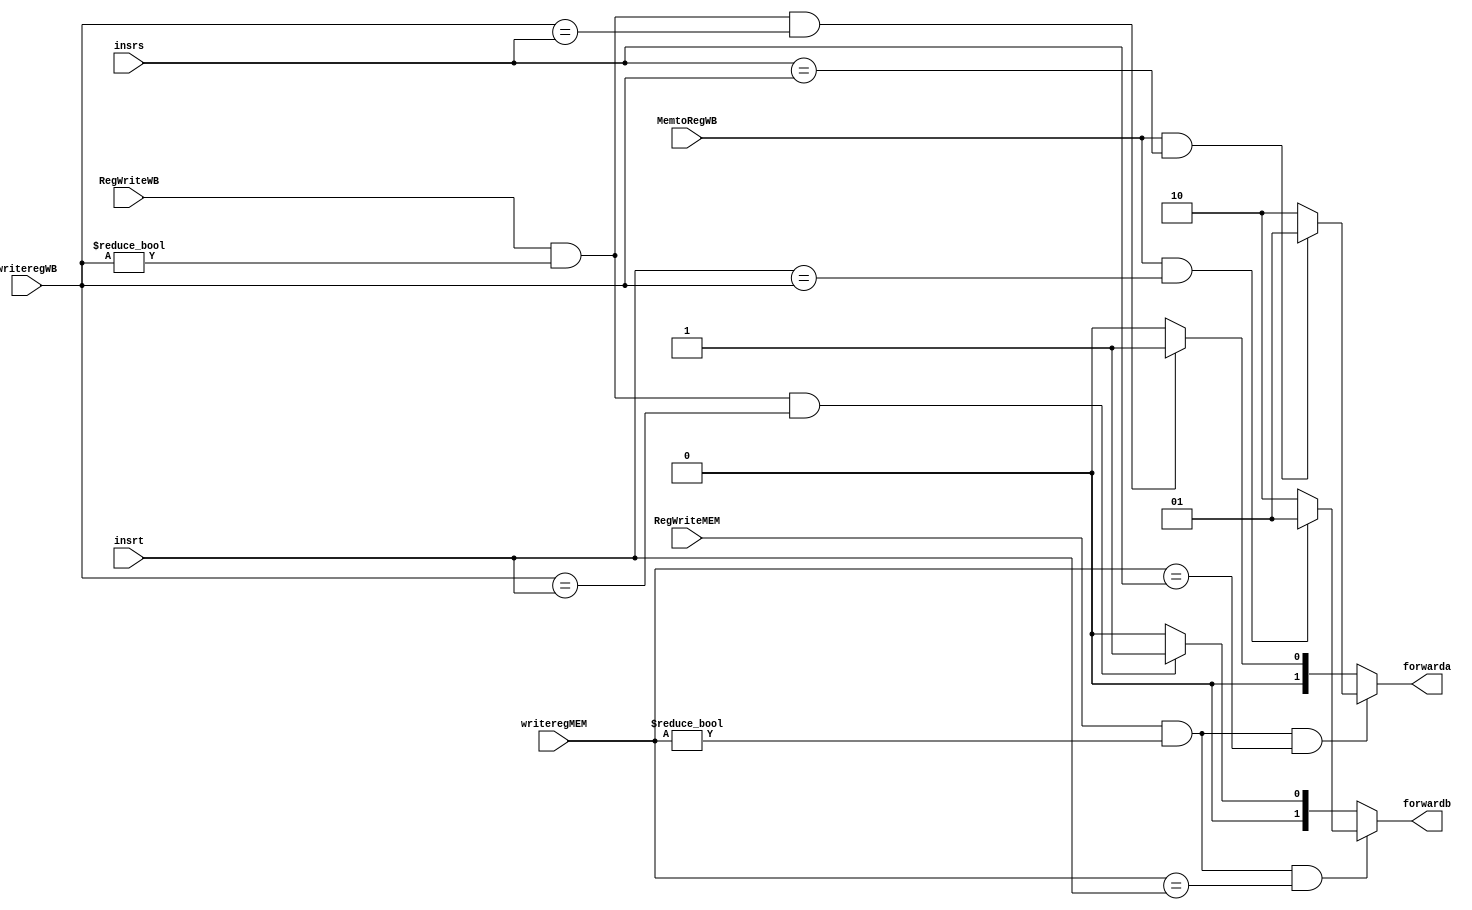
`timescale 1ns / 1ps
module Forward(writeregMEM,writeregWB,insrs,insrt,RegWriteMEM,RegWriteWB,forwarda,forwardb,MemtoRegWB);
	input [4:0] writeregMEM;
	input [4:0] writeregWB;
	input [4:0] insrs;
	input [4:0] insrt;
	input RegWriteMEM;
	input RegWriteWB;
	input MemtoRegWB;
	output reg [1:0] forwarda;
	output reg [1:0] forwardb;
	always @(*) begin
		if ((RegWriteMEM && writeregMEM!=0)&&(writeregMEM==insrs))
		begin
			if (MemtoRegWB && insrs==writeregWB)
			begin
				forwarda=2'b01;
			end
			else forwarda=2'b10;
		end
		else if ((RegWriteWB && writeregWB!=0)&&(writeregWB==insrs))
		begin
			forwarda=2'b01;
		end
		else begin
			forwarda=2'b00;
		end
		
		if ((RegWriteMEM && writeregMEM!=0)&&(writeregMEM==insrt))
		begin
			if (MemtoRegWB && insrt==writeregWB)
			begin
				forwardb=2'b01;
			end
			else forwardb=2'b10;
		end
		else if ((RegWriteWB && writeregWB!=0)&&(writeregWB==insrt))
		begin
			forwardb=2'b01;
		end
		else begin
			forwardb=2'b00;
		end
	end
endmodule